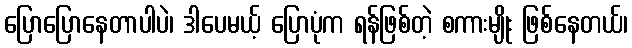
ပြောပြောနေတာပါပဲ၊ ဒါပေမယ့် ပြောပုံက ရန်ဖြစ်တဲ့ စကားမျိုး ဖြစ်နေတယ်၊